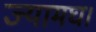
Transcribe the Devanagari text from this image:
ज्यामघ।